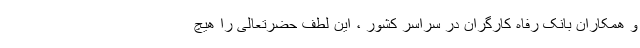
و همکاران بانک رفاه کارگران در سراسر کشور ، این لطف حضرتعالی را هیچ